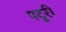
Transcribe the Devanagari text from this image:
पटूरी